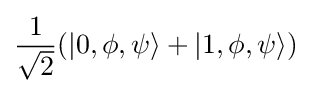
{\frac {1}{\sqrt {2}}}(|0,\phi ,\psi \rangle +|1,\phi ,\psi \rangle )